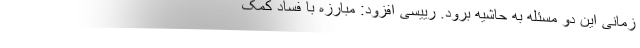
زمانی این دو مسئله به حاشیه برود. رییسی افزود: مبارزه با فساد کمک